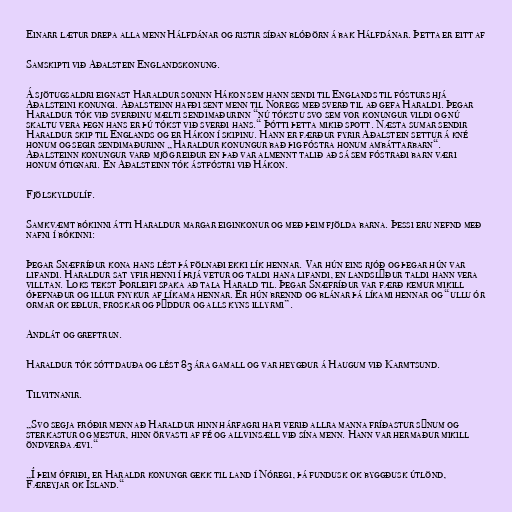
Einarr lætur drepa alla menn Hálfdánar og ristir síðan blóðörn á bak Hálfdánar. Þetta er eitt af

Samskipti við Aðalstein Englandskonung.

Á sjötugsaldri eignast Haraldur soninn Hákon sem hann sendi til Englands til fósturs hjá
Aðalsteini konungi. Aðalsteinn hafði sent menn til Noregs með sverð til að gefa Haraldi. Þegar
Haraldur tók við sverðinu mælti sendimaðurinn “nú tókstu svo sem vor konungur vildi og nú
skaltu vera þegn hans er þú tókst við sverði hans.“ Þótti þetta mikið spott. Næsta sumar sendir
Haraldur skip til Englands og er Hákon í skipinu. Hann er færður fyrir Aðalstein settur á kné
honum og segir sendimaðurinn „Haraldur konungur bað þig fóstra honum ambáttarbarn“.
Aðalsteinn konungur varð mjög reiður en það var almennt talið að sá sem fóstraði barn væri
honum ótignari. En Aðalsteinn tók ástfóstri við Hákon.

Fjölskyldulíf.

Samkvæmt bókinni átti Haraldur margar eiginkonur og með þeim fjölda barna. Þessi eru nefnd með
nafni í bókinni:

Þegar Snæfríður kona hans lést þá fölnaði ekki lík hennar. Var hún eins rjóð og þegar hún var
lifandi. Haraldur sat yfir henni í þrjá vetur og taldi hana lifandi, en landslýður taldi hann vera
villtan. Loks tekst Þorleifi spaka að tala Harald til. Þegar Snæfríður var færð kemur mikill
óþefnaður og illur fnykur af líkama hennar. Er hún brennd og blánar þá líkami hennar og “ullu ór
ormar ok eðlur, froskar og pǫddur og alls kyns illyrmi”.

Andlát og greftrun.

Haraldur tók sóttdauða og lést 83 ára gamall og var heygður á Haugum við Karmtsund.

Tilvitnanir.

„Svo segja fróðir menn að Haraldur hinn hárfagri hafi verið allra manna fríðastur sýnum og
sterkastur og mestur, hinn örvasti af fé og allvinsæll við sína menn. Hann var hermaður mikill
öndverða ævi.“

„Í þeim ófriði, er Haraldr konungr gekk til land í Nóregi, þá fundusk ok byggðusk útlönd,
Færeyjar ok Ísland.“